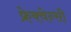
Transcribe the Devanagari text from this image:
फ्रेक्वेन्सी